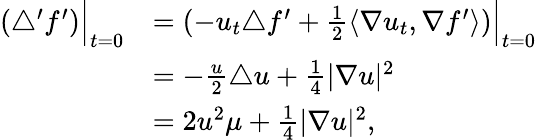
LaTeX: \begin{array}{rl}{(\triangle^{\prime}f^{\prime})\Big|_{t=0}}&{=(-u_{t}\triangle f^{\prime}+\frac{1}{2}\langle\nabla u_{t},\nabla f^{\prime}\rangle)\Big|_{t=0}}\\ &{=-\frac{u}{2}\triangle u+\frac{1}{4}|\nabla u|^{2}}\\ &{=2u^{2}\mu+\frac{1}{4}|\nabla u|^{2},}\end{array}